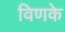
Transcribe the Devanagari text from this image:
विणके